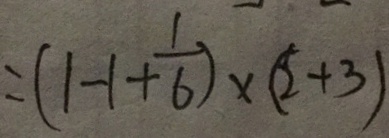
= ( 1 - 1 + \frac { 1 } { 6 } ) \times ( 2 + 3 )